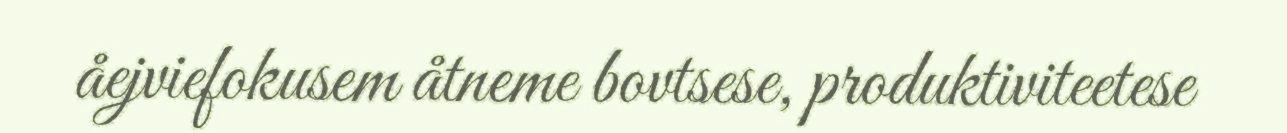
åejviefokusem åtneme bovtsese, produktiviteetese